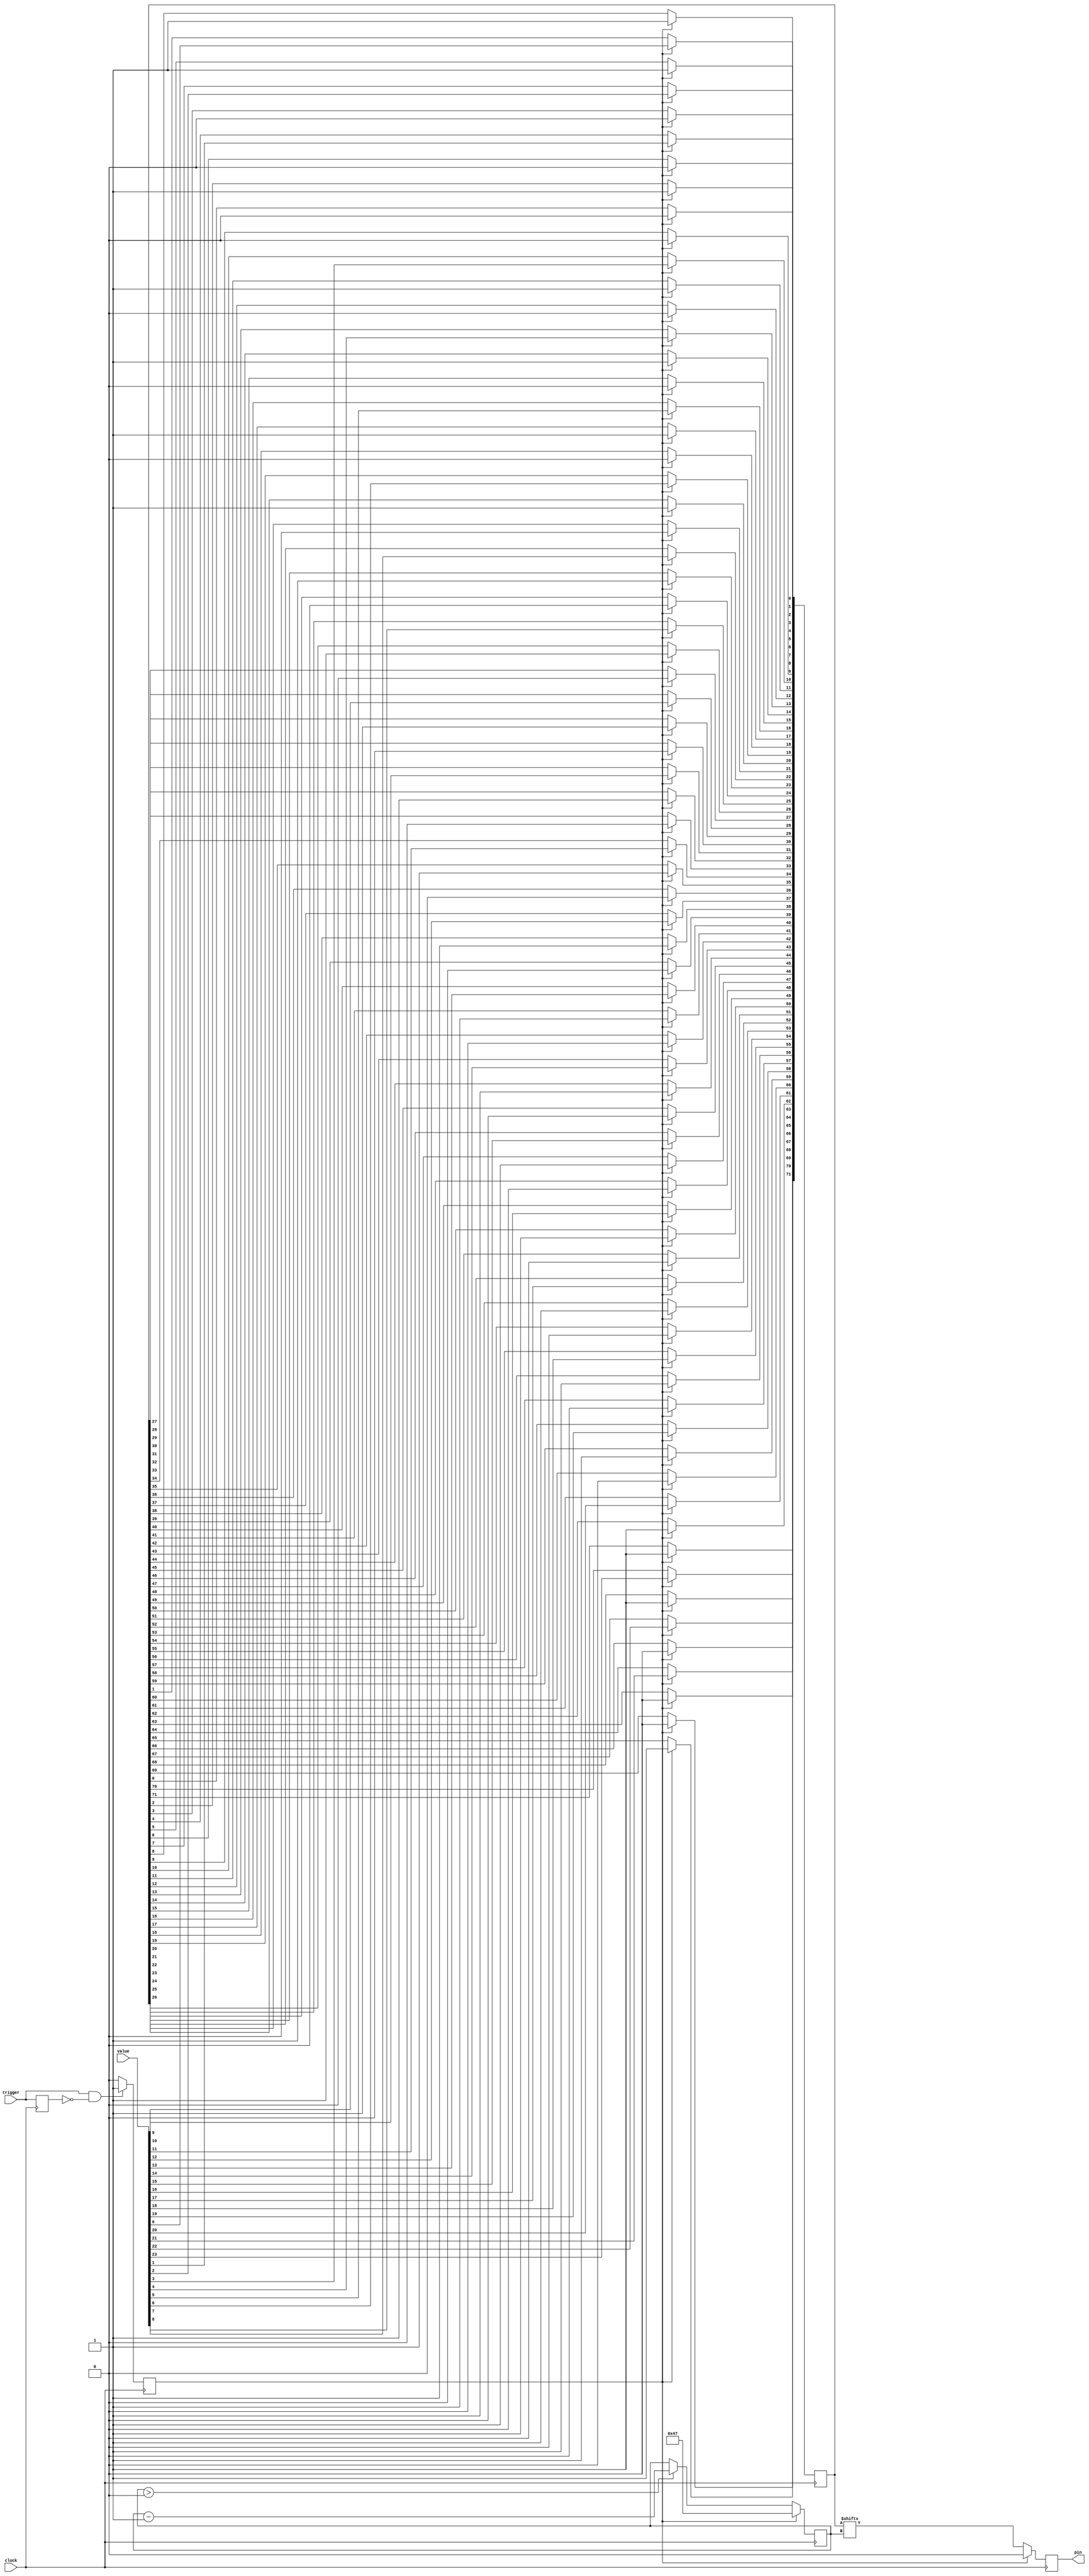

module ws2812(
    input clock,

    input[23:0] value,
    input trigger,

    output reg pin
    );


reg trigger_pulsified = 0;
reg trigger_previous = 0;

always @(posedge clock)
begin
    if (trigger && !trigger_previous)
        trigger_pulsified <= 1;
    else
        trigger_pulsified <= 0;

    trigger_previous <= trigger;
end


reg[(3*8*3)-1:0] shadow_value;

integer i=0;

reg[6:0] bit_counter = 0;

// The commented line part below caused problems during pnr: "'$_DFFSR_PPP_' is unsupported"
// always @*
// always @(posedge clock or posedge trigger_pulsified)
always @(posedge clock)
begin
    if (trigger_pulsified)
    begin
        // Load value
        for (i=0; i<24; i=i+1)
        begin
            shadow_value[72-(i*3)-1] <= 1;
            shadow_value[72-(i*3)-2] <= value[24-i-1];
            shadow_value[72-(i*3)-3] <= 0;
        end

        // Reset output pin
        pin <= 0;

        bit_counter <= 71;
    end
    else begin
        // Set pin output to most significant value bit
        // pin <= shadow_value[23];
        pin <= shadow_value[bit_counter];

        if (bit_counter > 0)
            bit_counter <= bit_counter - 1;

        // Shift data one bit to the left
        // shadow_value[23:0] <= {shadow_value[22:0], 1'b0};
    end
end

endmodule